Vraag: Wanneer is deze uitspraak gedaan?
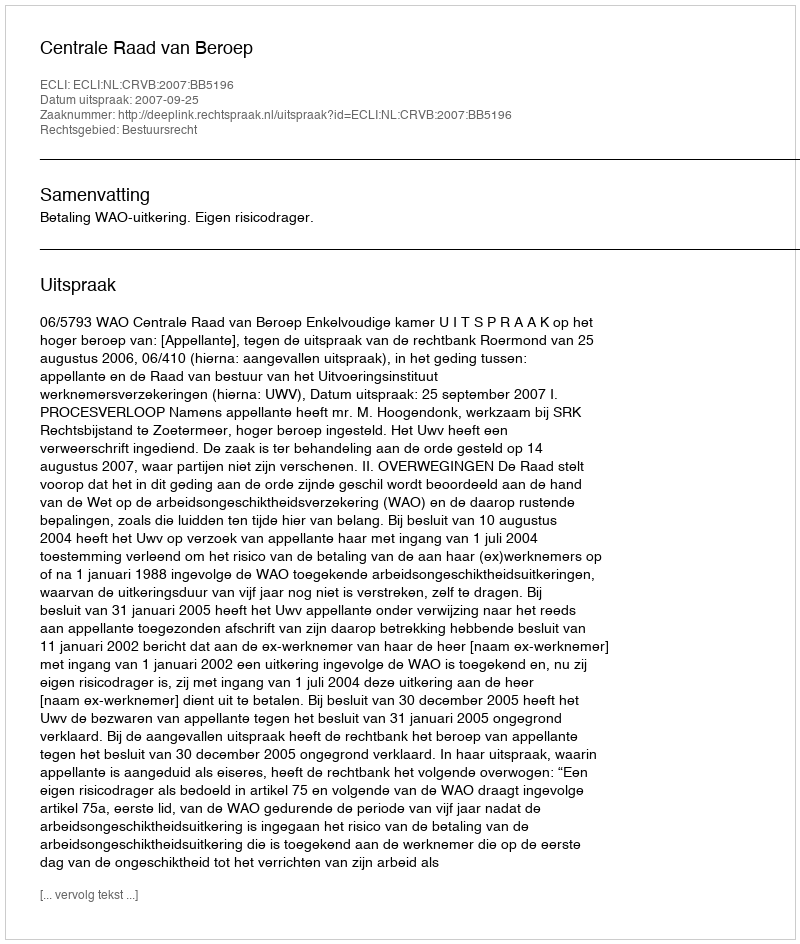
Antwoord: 2007-09-25